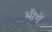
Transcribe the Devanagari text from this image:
भीगें